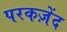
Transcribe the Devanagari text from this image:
परकज़ेंद